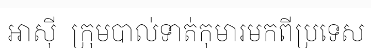
អាស៊ី  ក្រុមបាល់ទាត់កុមារមកពីប្រទេស